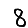
Digit: 8